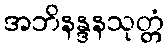
အဘိနန္ဒနသုတ္တံ